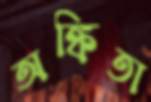
অঙ্কিতা